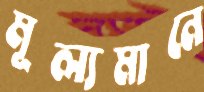
মূল্যমানে